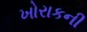
ખોરાકની